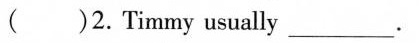
()2.Timmy usually___.